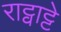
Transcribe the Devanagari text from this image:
राट्वाट्टे